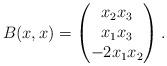
LaTeX: \begin{align*}B(x,x) =\begin{pmatrix}x_2x_3 \\ x_1x_3 \\ -2 x_1 x_2\end{pmatrix}. \end{align*}